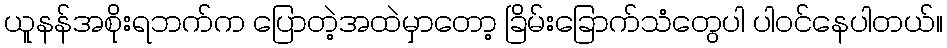
ယူနန်အစိုးရဘက်က ပြောတဲ့အထဲမှာတော့ ခြိမ်းခြောက်သံတွေပါ ပါဝင်နေပါတယ်။